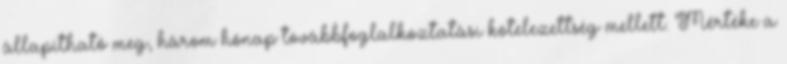
állapítható meg, három hónap továbbfoglalkoztatási kötelezettség mellett. Mértéke a